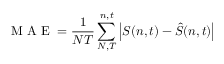
\mathrm { ~ M ~ A ~ E ~ } = \frac { 1 } { N T } \sum _ { N , T } ^ { n , t } \left| S ( n , t ) - \hat { S } ( n , t ) \right|